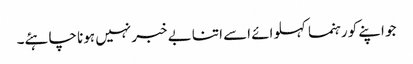
جو اپنے کو رہنما کہلوائے اسے اتنا بے خبر نہیں ہونا چاہئے۔